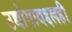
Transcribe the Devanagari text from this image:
उद्योगाबद्दलही